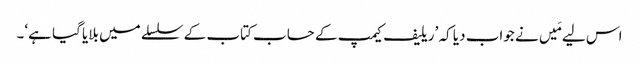
اس لیے مَیں نے جواب دیا کہ ’ریلیف کیمپ کے حساب کتاب کے سلسلے میں بلایا گیا ہے‘۔